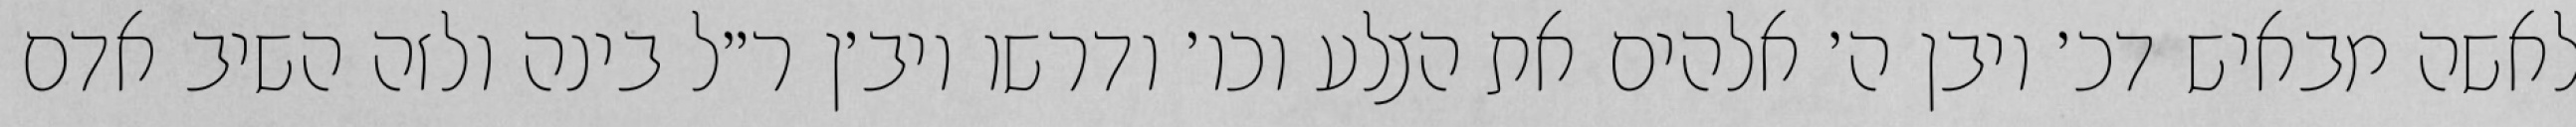
לאשה מבאיש דכ׳ ויבן ה׳ אלהים את הצלע וכו׳ ודרשו ויב׳ן ר״ל בינה ולזה השיב אדם